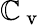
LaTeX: \mathbb{C}_{\mathrm{{~v~}}}